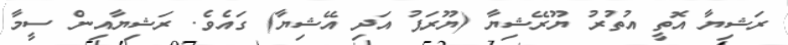
ރަޝިޔާ އޮތީ އުތުރު ޔޫރޭޝިޔާ (ޔޫރަޕު އަދި އޭޝިޔާ) ގައެވެ. ރަޝިޔާއިން ސީމާ